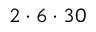
2 \cdot 6 \cdot 3 0